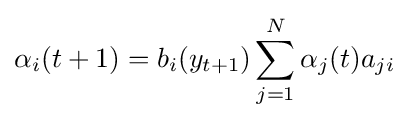
\alpha _{i}(t+1)=b_{i}(y_{t+1})\sum _{j=1}^{N}\alpha _{j}(t)a_{ji}